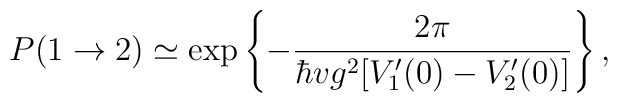
P(1\rightarrow2)\simeq   \exp\left\{-{2\pi\over\hbar vg^2[V_1'(0)-V_2'(0)]}\right\},